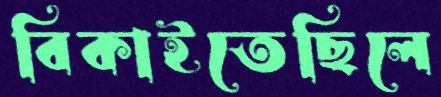
বিকাইতেছিলে